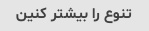
تنوع را بیشتر کنین